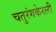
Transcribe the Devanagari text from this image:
चतुरंगकेरली